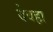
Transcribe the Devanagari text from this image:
देवहा